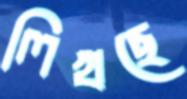
লিখছে